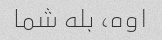
اوه، بله شما